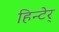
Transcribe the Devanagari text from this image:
हिन्टेर्